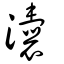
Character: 灢